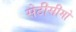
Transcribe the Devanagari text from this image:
सेटीसीमो